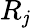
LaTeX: R_{\mathit{j}}